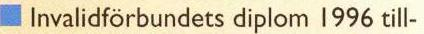
Invalidförbundets diplom 1996 till-